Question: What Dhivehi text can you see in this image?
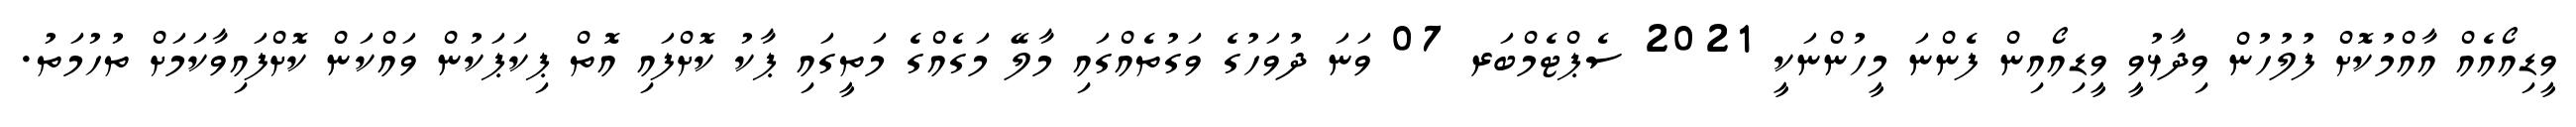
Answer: ވީޑިއޯއެއް އާއްމުކޮށް ފުލުހުން ވިދާޅުވީ ވީޑިއޯއިން ފެންނަ މީހުންނަކީ 2021 ސެޕްޓެމްބަރ 07 ވަނަ ދުވަހުގެ ވަގުތެއްގައި މާލޭ މަގެއްގެ މަތީގައި ޕާކު ކޮށްފައި އޮތް ޕިކަޕަކުން ވައްކަން ކޮށްފައިވާކަމަށް ތުހުމަތު.